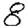
Digit: 8